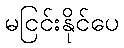
မငြင်းနိုင်ပေ